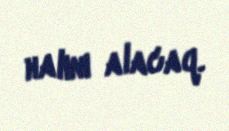
halını alacaq.